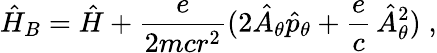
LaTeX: \hat{H}_{B}=\hat{H}+\frac{e}{2mcr^{2}}(2\hat{A}_{\theta}\hat{p}_{\theta}+\frac{e}{c}\, \hat{A}_{\theta}^{2})\; ,